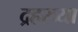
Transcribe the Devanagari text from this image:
द्रहरव्या